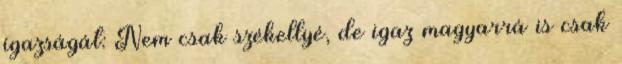
igazságát: Nem csak székellyé, de igaz magyarrá is csak